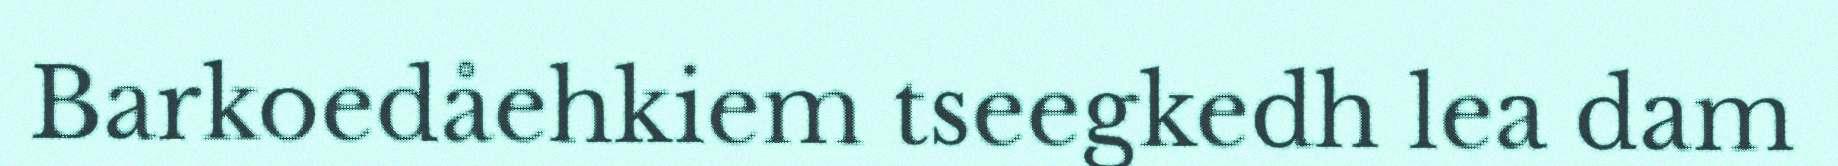
Barkoedåehkiem tseegkedh lea dam